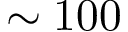
\sim 1 0 0